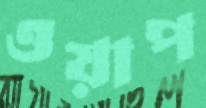
ওয়াপ